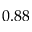
0 . 8 8